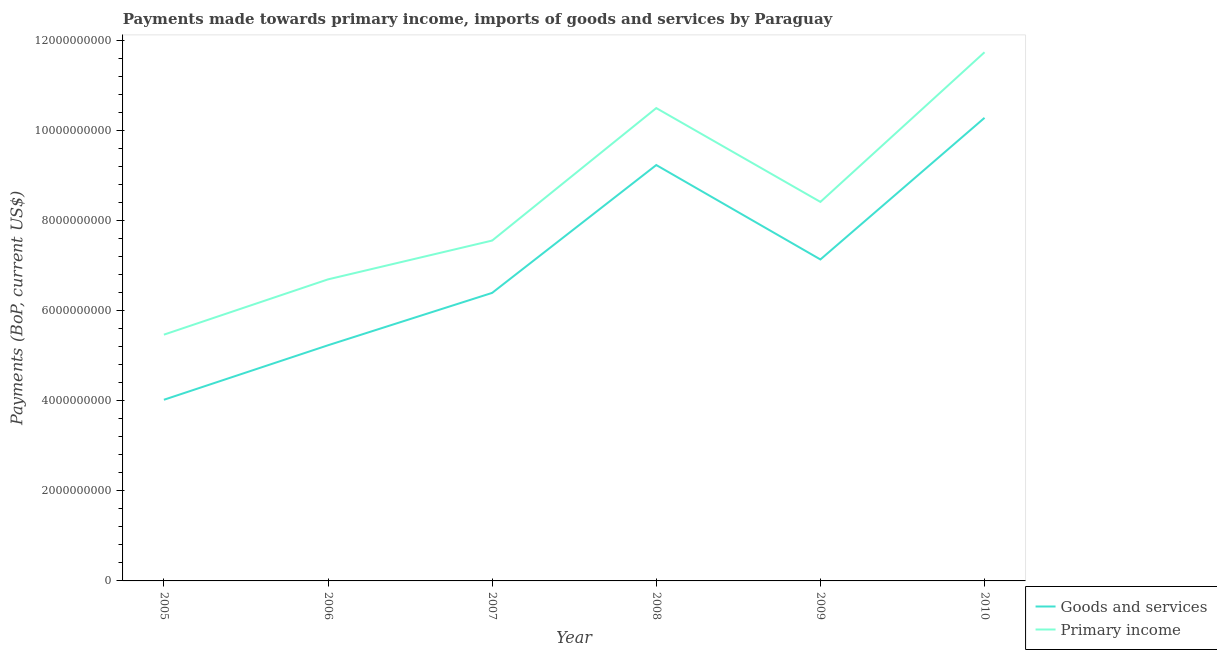
| Year | Goods and services | Primary income |
 | --- | --- | --- |
 | 2005 | 4.03e+09 | 5.47e+09 |
 | 2006 | 5.24e+09 | 6.7e+09 |
 | 2007 | 6.4e+09 | 7.56e+09 |
 | 2008 | 9.24e+09 | 1.05e+10 |
 | 2009 | 7.14e+09 | 8.42e+09 |
 | 2010 | 1.03e+10 | 1.17e+10 |